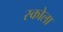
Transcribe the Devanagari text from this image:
स्कोला